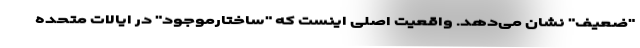
"ضعیف" نشان می‌دهد. واقعیت اصلی اینست که "ساختارموجود" در ایالات متحده